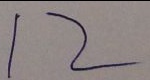
1 2